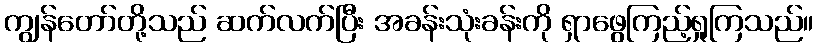
ကျွန်တော်တို့သည် ဆက်လက်ပြီး အခန်းသုံးခန်းကို ရှာဖွေကြည့်ရှုကြသည်။